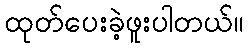
ထုတ်ပေးခဲ့ဖူးပါတယ်။